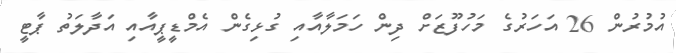
އުމުރުން 26 އަހަރުގެ މަހުފޫޒަށް ދިން ހަމަލާއާއި ގުޅިގެން އެމްޑީޕީއާއި އަދާލަތު ޕާޓީ